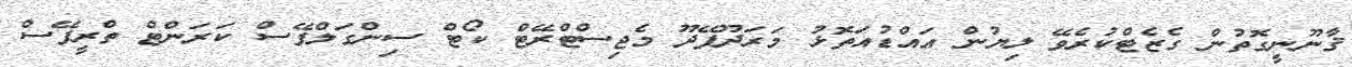
ޤާނޫނީގޮތުން ގެޒެޓްކުރެވޭ ލިޔުން އައްޑުއަތޮޅު މަރަދޫފޭދޫ މެޖިސްޓްރޭޓް ކޯޓް ސިންގަލްފޭސް ކަރަންޓް ތްރީފޭސް